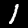
Digit: 1